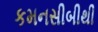
કમનસીબીથી